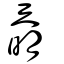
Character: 奣